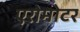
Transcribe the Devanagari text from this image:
एरोमोटर